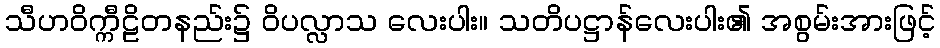
သီဟဝိက္ကီဠိတနည်း၌ ဝိပလ္လာသ လေးပါး။ သတိပဋ္ဌာန်လေးပါး၏ အစွမ်းအားဖြင့်